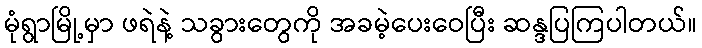
မုံရွာမြို့မှာ ဖရဲနဲ့ သခွားတွေကို အခမဲ့ပေးဝေပြီး ဆန္ဒပြကြပါတယ်။